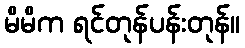
မိမိက ရင်တုန်ပန်းတုန်။